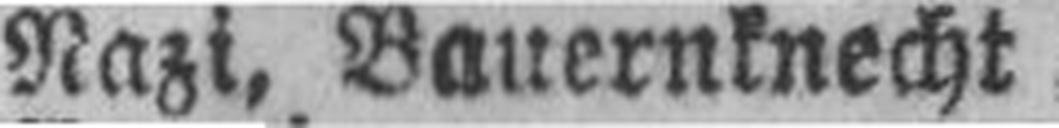
Nazi, Bauernknecht